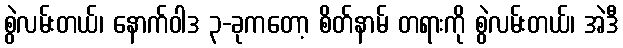
စွဲလမ်းတယ်၊ နောက်ဝါဒ ၃-ခုကတော့ စိတ်နာမ် တရားကို စွဲလမ်းတယ်၊ အဲဒီ